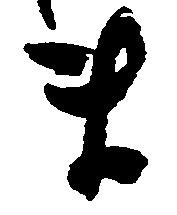
ま